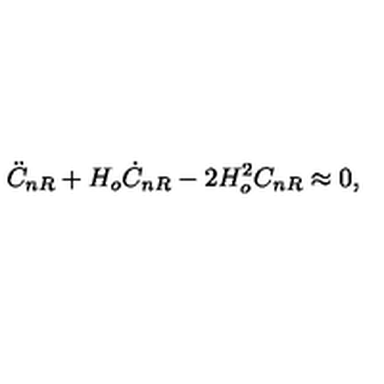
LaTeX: \ddot { C } _ { n R } + H _ { o } \dot { C } _ { n R } - 2 H _ { o } ^ { 2 } C _ { n R } \approx 0 ,